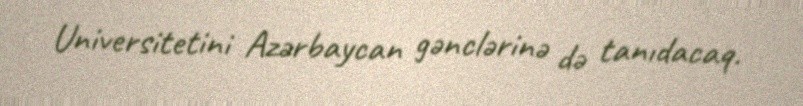
Universitetini Azərbaycan gənclərinə də tanıdacaq.